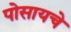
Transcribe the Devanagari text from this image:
पोसायचे